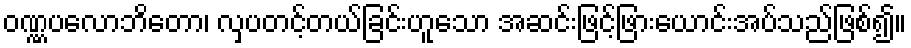
ဝဏ္ဏပလောဘိတော၊ လှပတင့်တယ်ခြင်းဟူသော အဆင်းဖြင့်ဖြားယောင်းအပ်သည်ဖြစ်၍။